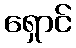
ရှောင်